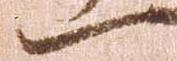
一